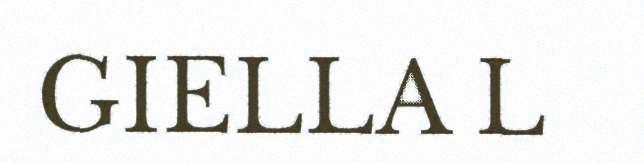
GIELLA L